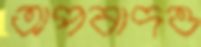
অপবাদও